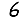
Digit: 6